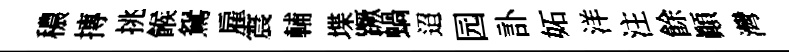
穠摶挑餱鴛雇震輔堞蹶蝸迢园訃妬洋注餘顛灣